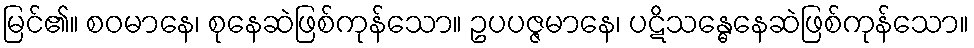
မြင်၏။ စဝမာနေ၊ စုနေဆဲဖြစ်ကုန်သော။ ဥပပဇ္ဇမာနေ၊ ပဋိသန္ဓေနေဆဲဖြစ်ကုန်သော။